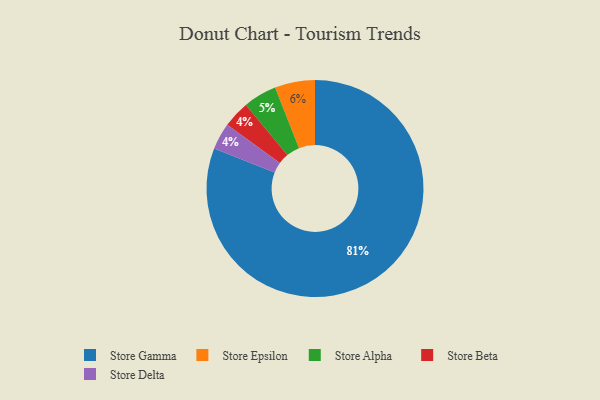
{"axis": {"x": "Category", "y": "Percentage"}, "legend": ["Store Alpha", "Store Beta", "Store Delta", "Store Epsilon", "Store Gamma"], "data": [{"x": "Store Beta", "y": 4, "type": "Store Beta"}, {"x": "Store Gamma", "y": 81, "type": "Store Gamma"}, {"x": "Store Epsilon", "y": 6, "type": "Store Epsilon"}, {"x": "Store Delta", "y": 4, "type": "Store Delta"}, {"x": "Store Alpha", "y": 5, "type": "Store Alpha"}]}